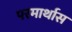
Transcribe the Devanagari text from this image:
परमार्थास